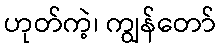
ဟုတ်ကဲ့၊ ကျွန်တော်